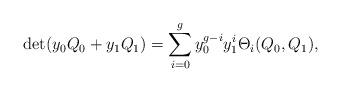
LaTeX: \begin{align*}\det(y_0Q_0+y_1Q_1)=\sum_{i=0}^g y_0^{g-i}y_1^i\Theta_i(Q_0,Q_1),\end{align*}